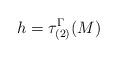
LaTeX: \begin{align*}h = \tau^{\Gamma}_{(2)} (M)\end{align*}